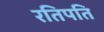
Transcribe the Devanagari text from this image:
रतिपति